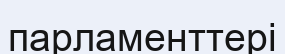
парламенттері